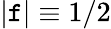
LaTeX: |\mathtt{f}|\equiv1/2